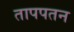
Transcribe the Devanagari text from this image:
तापपतन